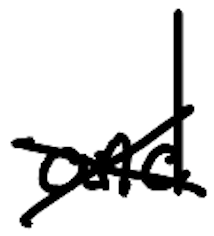
Text: and
Cross-out: cross
Writing tool: digital_black